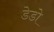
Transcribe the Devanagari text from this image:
डेडो